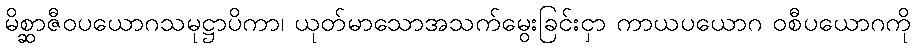
မိစ္ဆာဇီဝပယောဂသမုဋ္ဌာပိကာ၊ ယုတ်မာသောအသက်မွေးခြင်းငှာ ကာယပယောဂ ဝစီပယောဂကို